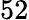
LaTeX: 52